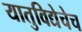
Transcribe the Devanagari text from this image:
यातुविद्येचेच